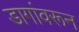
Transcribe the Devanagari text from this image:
डागांवरून